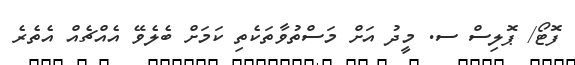
ފޮޓޯ/ ޕޮލިސް ސ. މީދު އަށް މަސްތުވާތަކެތި ކަމަށް ބެލެވޭ އެއްޗެއް އެތެރެ